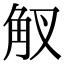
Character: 𧢷